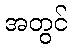
အတွင်